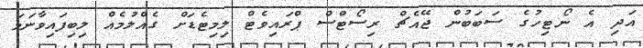
އަދި އެ ނޯޓިހުގެ ސަބަބުން ޖޭއެޗް ރިސޯޓްސް ޕްރައިވެޓް ލިމިޓެޑަށް ގެއްލުމެއް ލިބިފައިވާނަމަ